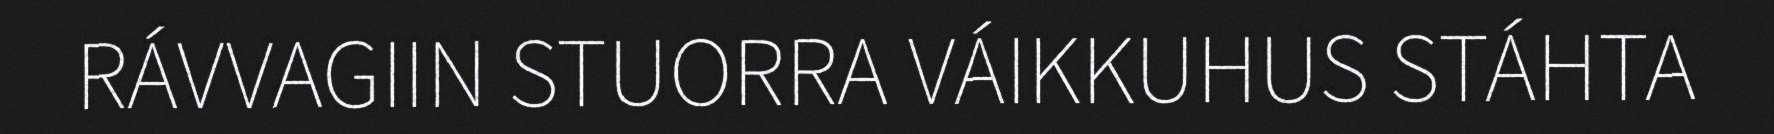
RÁVVAGIIN STUORRA VÁIKKUHUS STÁHTA